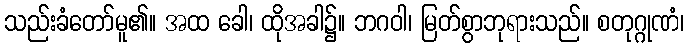
သည်းခံတော်မူ၏။ အထ ခေါ၊ ထိုအခါ၌။ ဘဂဝါ၊ မြတ်စွာဘုရားသည်။ စတုဂ္ဂုဏံ၊